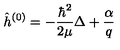
\hat { h } ^ { ( 0 ) } = - \frac { \hbar ^ { 2 } } { 2 \mu } \Delta + \frac { \alpha } { q }